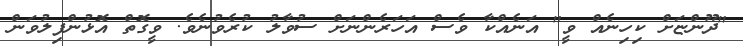
"ދޫންޏަށް ކިހިނެއް ވީ" އަނެއްކާ ވެސް އަހަރެންނަށް ސުވާލު ކުރެވުނެވެ. ވީގޮތް އޮޅުންފިލުވަން